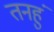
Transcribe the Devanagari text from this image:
तनहुं